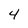
Character: 4